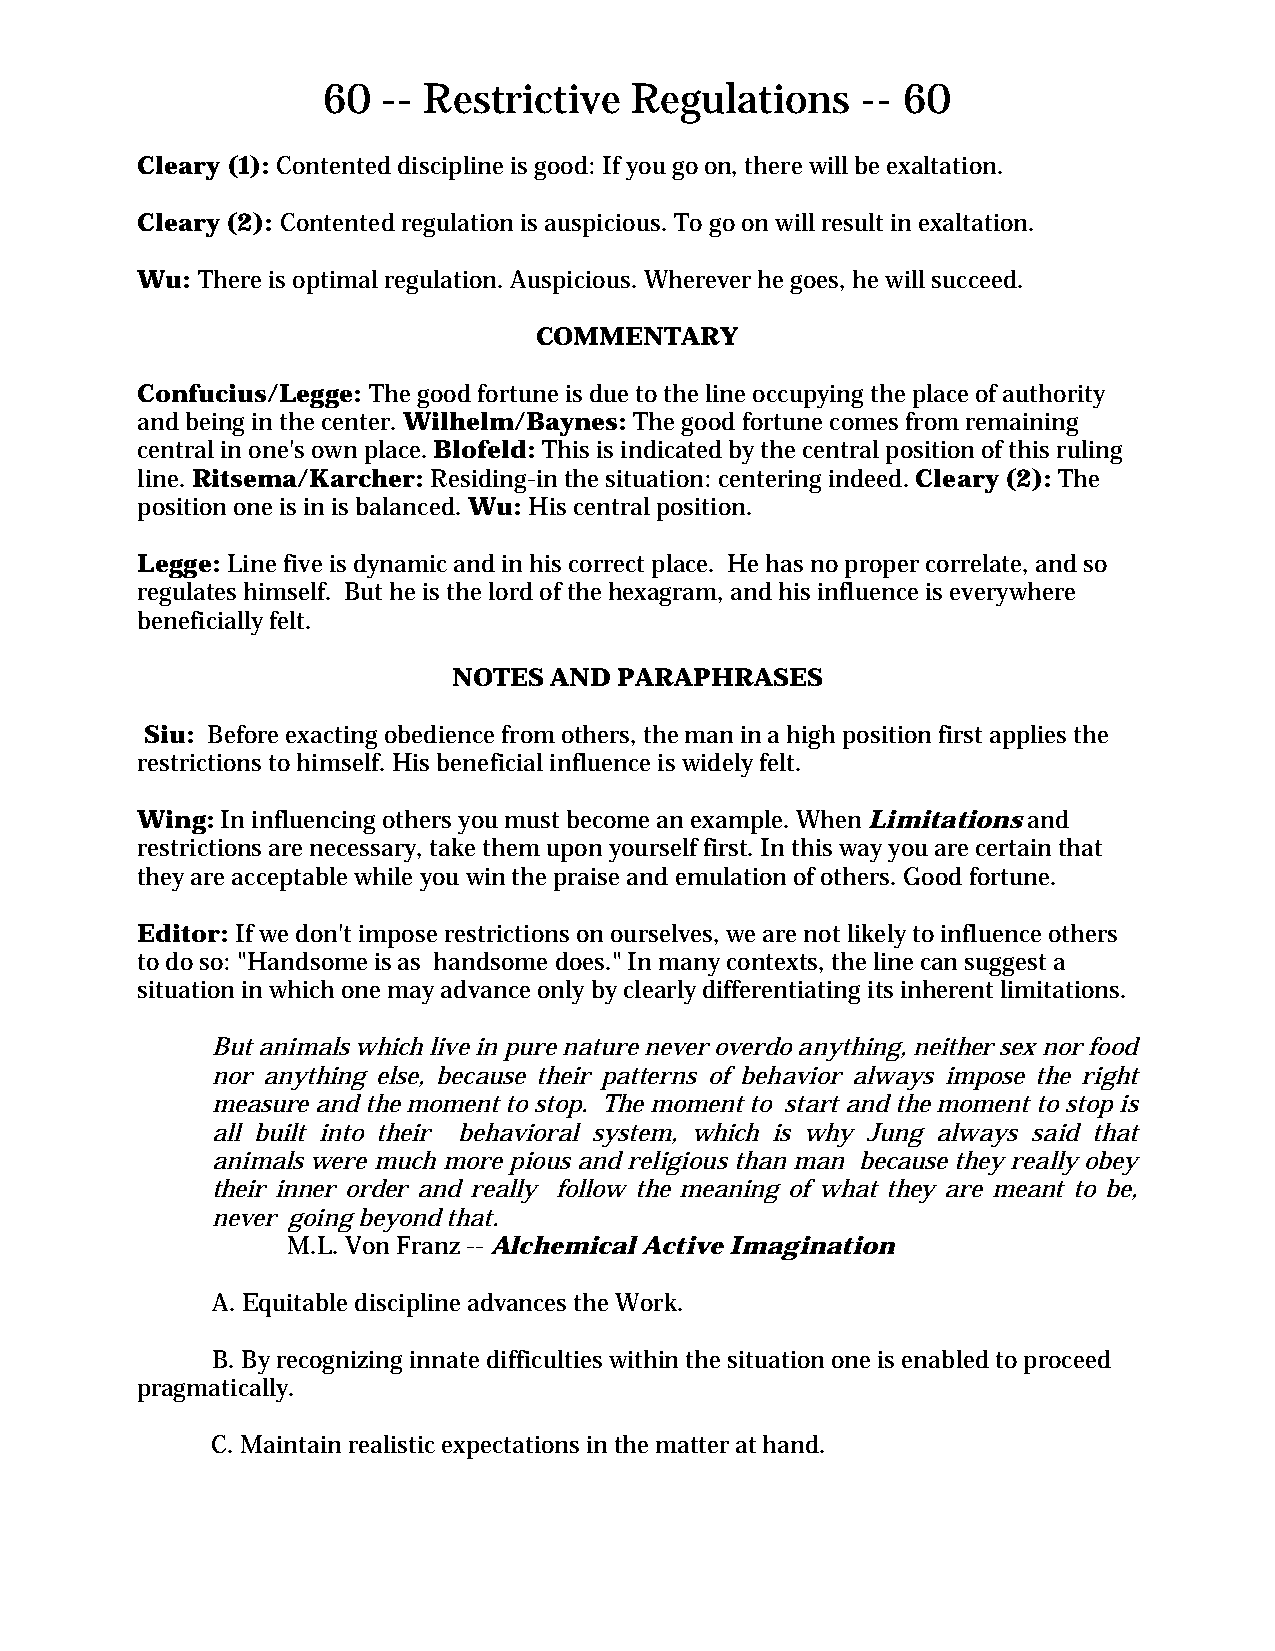
60  -- Restrictive   Regulations    -- 60
 Cleary (1): Contented discipline is good: If you go on, there will be exaltation.
 Cleary (2): Contented regulation is auspicious. To go on will result in exaltation.
 Wu: There is optimal regulation. Auspicious. Wherever he goes, he will succeed.
 COMMENTARY
 Confucius/Legge: The good fortune is due to the line occupying the place of authority
 and being in the center. Wilhelm/Baynes: The good fortune comes from remaining
 central in one's own place. Blofeld: This is indicated by the central position of this ruling
 line. Ritsema/Karcher: Residing-in the situation: centering indeed. Cleary (2): The
 position one is in is balanced. Wu: His central position.
 Legge: Line five is dynamic and in his correct place. He has no proper correlate, and so
 regulates himself. But he is the lord of the hexagram, and his influence is everywhere
 beneficially felt.
 NOTES AND  PARAPHRASES
 Siu: Before exacting obedience from others, the man in a high position first applies the
 restrictions to himself. His beneficial influence is widely felt.
 Wing: In influencing others you must become an example. When Limitations and
 restrictions are necessary, take them upon yourself first. In this way you are certain that
 they are acceptable while you win the praise and emulation of others. Good fortune.
 Editor: If we don't impose restrictions on ourselves, we are not likely to influence others
 to do so: "Handsome is as handsome does." In many contexts, the line can suggest a
 situation in which one may advance only by clearly differentiating its inherent limitations.
 But animals which live in pure nature never overdo anything, neither sex nor food
 nor anything else, because their patterns of behavior always impose the right
 measure and the moment to stop. The moment to start and the moment to stop is
 all built into their behavioral system, which is why Jung always said that
 animals were much more pious and religious than man because they really obey
 their inner order and really follow the meaning of what they are meant to be,
 never going beyond that.
 M.L. Von Franz -- Alchemical Active Imagination
 A. Equitable discipline advances the Work.
 B. By recognizing innate difficulties within the situation one is enabled to proceed
 pragmatically.
 C. Maintain realistic expectations in the matter at hand.